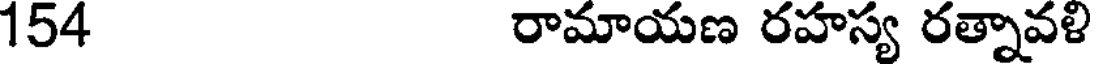
154 రామాయణ రహస్య రత్నావళి